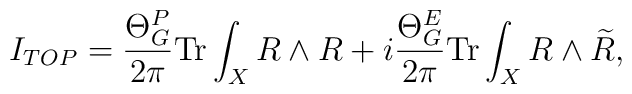
I_{TOP}=\frac{\Theta _{G}^{P}}{2\pi }{\rm Tr}\int_{X}R\wedge R+i\frac{\Theta _{G}^{E}}{2\pi }{\rm Tr}\int_{X}R\wedge \widetilde{R},